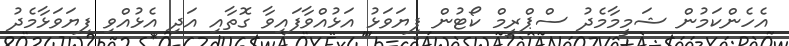
އެހެންކަމުން ޝަމީމާމެދު ސްޕްރީމް ކޯޓުން ފިޔަވަޅު އަޅުއްވާފައިވާ ގޮތާއި އަދި އެޅުއްވި ފިޔަވަޅާމެދު